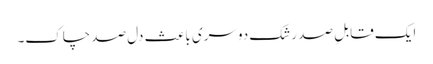
ایک قابلِ صد رشک دوسری باعث دل صد چاک۔